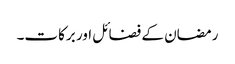
رمضان کے فضائل اور برکات۔